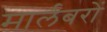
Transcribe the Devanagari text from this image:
मार्लबरों